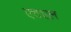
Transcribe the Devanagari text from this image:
एचएल